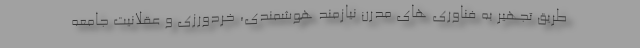
طریق تجهیر به فناوری های مدرن نیازمند هوشمندی، خردورزی و عقلانیت جامعه